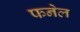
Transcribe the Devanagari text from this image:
फनेल